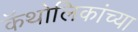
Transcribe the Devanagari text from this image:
कॅथोलिकांच्या